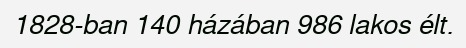
1828-ban 140 házában 986 lakos élt.